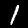
Digit: 1